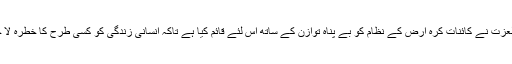
اللہ رب العزت نے کائناتِ کرہ ارض کے نظام کو بے پناہ توازن کے ساتھ اس لئے قائم کیا ہے تاکہ انسانی زندگی کو کسی طرح کا خطرہ لا حق نہ ہو۔